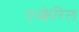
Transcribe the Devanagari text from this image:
एन्क्वेरिल